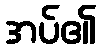
အပ်၏